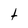
Character: t